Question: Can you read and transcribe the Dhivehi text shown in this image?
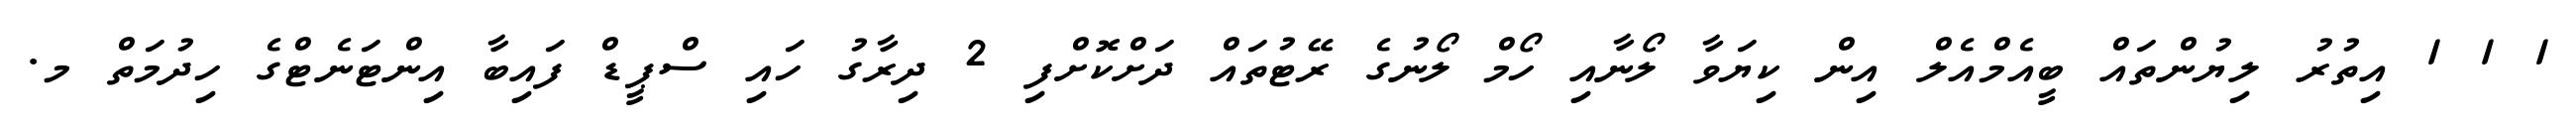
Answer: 1 1 1 އިތުރު ލިޔުންތައް ބީއެމްއެލް އިން ކިޔަވާ ލޯނާއި ހޯމް ލޯނުގެ ރޭޓުތައް ދަށްކޮށްފި 2 ދިރާގު ހައި ސްޕީޑް ފައިބާ އިންޓަނެޓްގެ ހިދުމަތް މ.